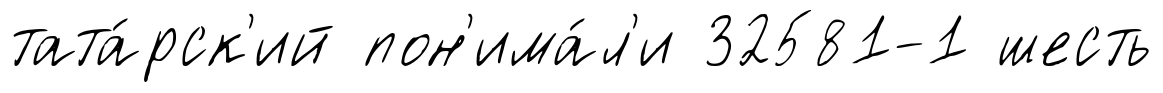
тата́рск'ий пон'има́л'и 32581-1 шесть